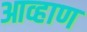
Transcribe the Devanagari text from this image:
आव्हाण